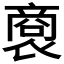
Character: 𧛨